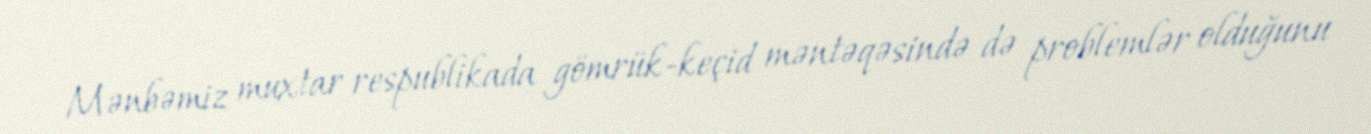
Mənbəmiz muxtar respublikada gömrük-keçid məntəqəsində də problemlər olduğunu